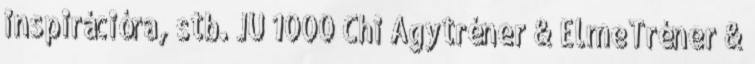
inspirációra, stb. JU 1000 Chi Agytréner & ElmeTréner &